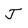
Character: J